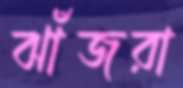
ঝাঁজরা